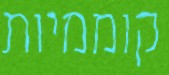
קוממיות